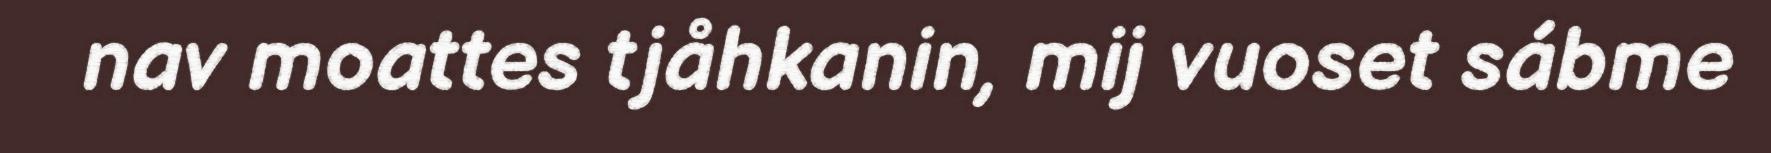
nav moattes tjåhkanin, mij vuoset sábme